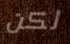
لكن